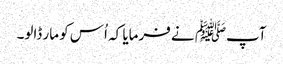
آپﷺ نے فرمایا کہ اُس کو مار ڈالو۔